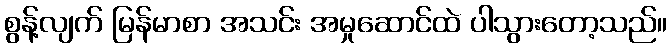
စွန့်လျက် မြန်မာစာ အသင်း အမှုဆောင်ထဲ ပါသွားတော့သည်။